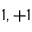
1 , + 1